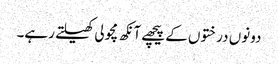
دونوں درختوں کے پیچھے آنکھ مچولی کھیلتے رہے۔